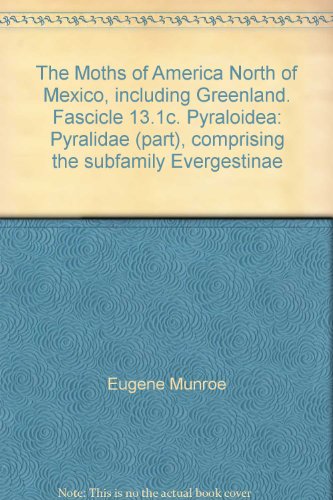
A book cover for The Moths of America North of Mexico, including Greenland. Fascicle 13.1c. Pyraloidea: Pyralidae (part), comprising the subfamily Evergestinae; Eugene Munroe; Sports & Outdoors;